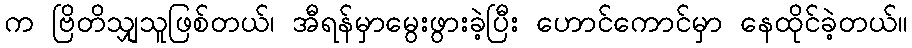
က ဗြိတိသျှသူဖြစ်တယ်၊ အီရန်မှာမွေးဖွားခဲ့ပြီး ဟောင်ကောင်မှာ နေထိုင်ခဲ့တယ်။